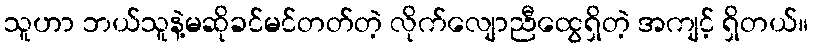
သူဟာ ဘယ်သူနဲ့မဆိုခင်မင်တတ်တဲ့ လိုက်လျောညီထွေရှိတဲ့ အကျင့် ရှိတယ်။